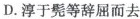
D.淳于髡等辞屈而去